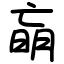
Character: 朚